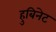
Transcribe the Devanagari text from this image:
हुबिनेट